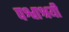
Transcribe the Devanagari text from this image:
पश्वाश्रयी